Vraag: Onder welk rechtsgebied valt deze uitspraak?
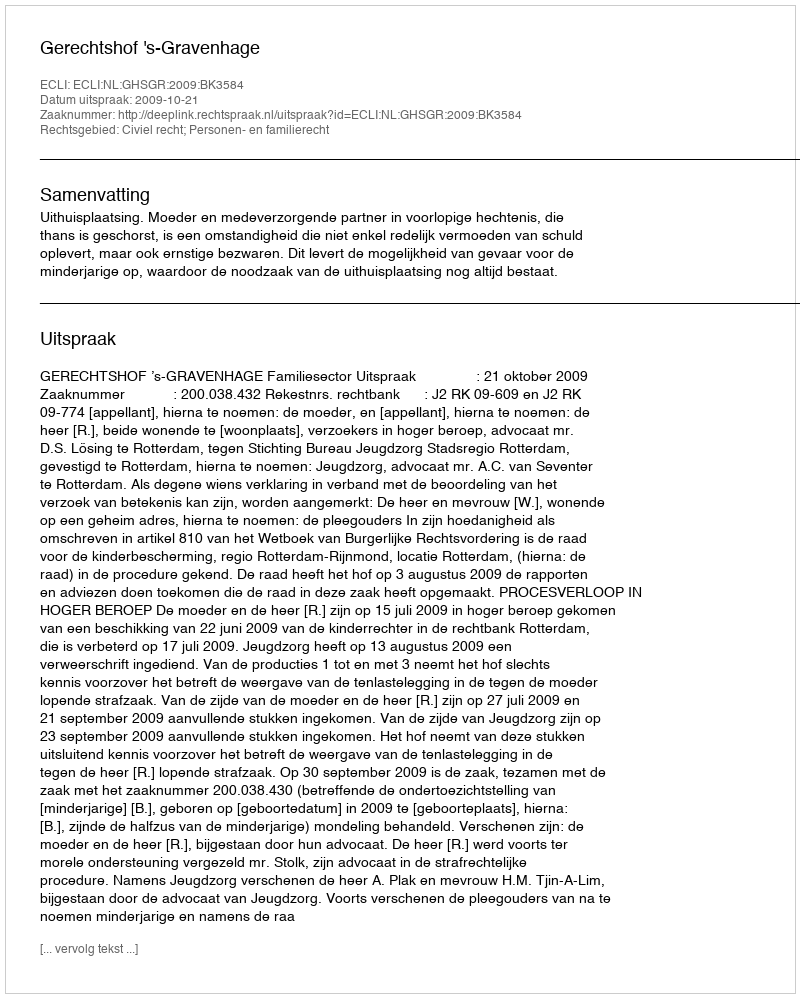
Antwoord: Civiel recht; Personen- en familierecht